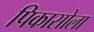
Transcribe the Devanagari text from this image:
पिकासोला